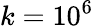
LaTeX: k=10^{6}